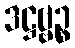
ဒဋ္ဌဗ္ဗဉ္စ